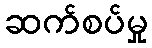
ဆက်စပ်မှု